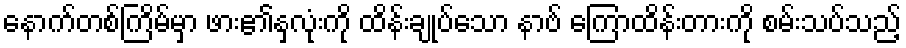
နောက်တစ်ကြိမ်မှာ ဖား၏နှလုံးကို ထိန်းချုပ်သော နာဗ် ကြောထိန်းတားကို စမ်းသပ်သည့်